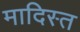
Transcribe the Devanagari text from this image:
मादिस्त